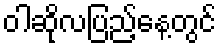
ဝါဆိုလပြည့်နေ့တွင်